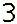
3